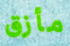
مأزق